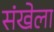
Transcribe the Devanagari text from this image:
संखेला